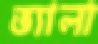
ভ্যালা